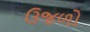
ઉજળો